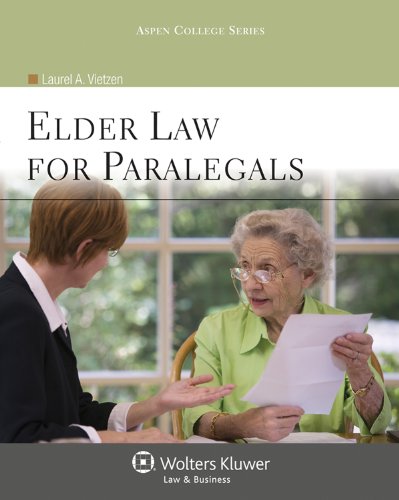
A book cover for Elder Law for Paralegals (Aspen College); Laurel A. Vietzen; Law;